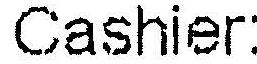
CASHIER: